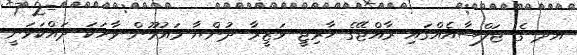
އދ ގެ ޖަލްސާއެއްގައި ރާއްޖޭގެ ޚާރިޖީ ވަޒީރާ ދުންޔާ މައުމޫން ވާހަކަ ދައްކަވަނީ